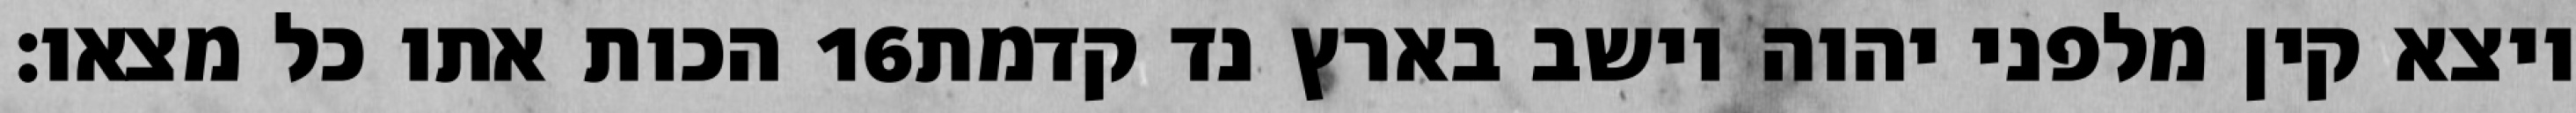
הכות אתו כל מצאו׃ ‎16‏ ויצא קין מלפני יהוה וישב בארץ נד קדמת